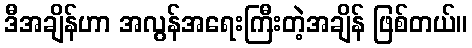
ဒီအချိန်ဟာ အလွန်အရေးကြီးတဲ့အချိန် ဖြစ်တယ်။